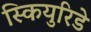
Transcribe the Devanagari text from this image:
स्कियुरिडे